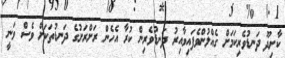
ކާށިދޫ ދަނޑުވެރިކަމަށް ގެއްލުންވެފައިވާއިރު ދަނޑުވެރިން ކުރާ އެހެން ރަށްރަށުގެ ދަނޑުތަކަށް ވެސް ވަނީ